Morphology and life history of Herpetomonas culicis, Novy, MacNeal and Torrey - Number 57
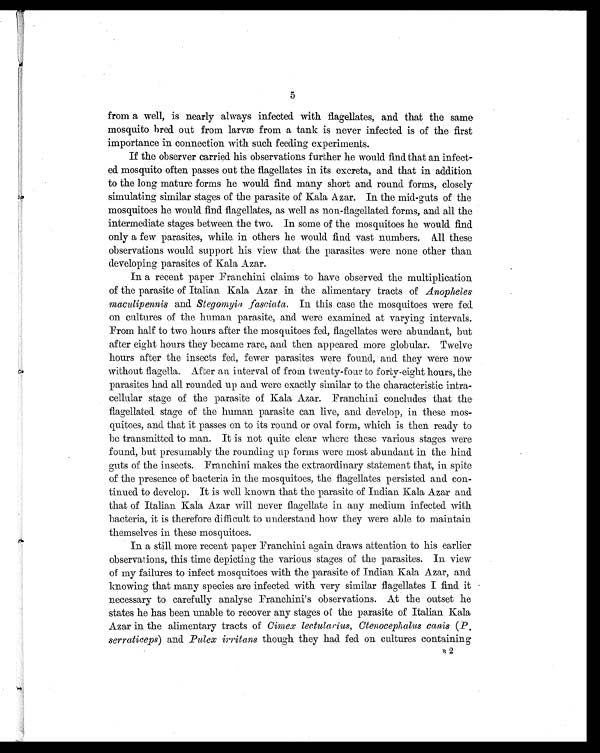
5
from a well, is nearly always infected with flagellates, and that the same
mosquito bred out from larvæ from a tank is never infected is of the first
importance in connection with such feeding experiments.
If the observer carried his observations further he would. find. that an infect-
ed. mosquito often passes out the flagellates in its excreta, and that in addition
to the long mature forms he would find. many short and. round forms, closely
simulating similar stages of the parasite of Kala Azar. In the mid-guts of the
mosquitoes he would. find. flagellates, as well as non-flagellated forms, and all the
intermediate stages between the two. In some of the mosquitoes he would. find
only a few parasites, while. in others he would find vast numbers. All these
observations would support his view that the parasites were none other than
developing parasites of Kala Azar.
In a recent paper Franchini claims to have observed the multiplication
of the parasite of Italian Kala Azar in the alimentary tracts of Anopheles
maculipennis and. Stegomyia fasciata. In this case the mosquitoes were fed.
on cultures of the human parasite, and were examined at varying intervals.
From half to two hours after the mosquitoes fed, flagellates were abundant, but
after eight hours they became rare, and then appeared more globular. Twelve
hours after the insects fed, fewer parasites were found, and they were now
without flagella. After an interval of from twenty-four to forty-eight hours, the-
parasites had all rounded up and were exactly similar to the characteristic intra-
cellular stage of the parasite of Kala Azar. Franchini concludes that the
flagellated stage of the human parasite can live, and develop, in these mos-
quitoes, and that it passes on to its round or oval form, which is then ready to
be transmitted to man. It is not quite clear where these various stages were
found, but presumably the rounding up forms were most abundant in the hind
guts of the insects. Franchini makes the extraordinary statement that, in spite
of the presence of bacteria in the mosquitoes, the flagellates persisted and con-
tinued to develop. It is well known that the parasite of Indian Kala Azar and
that of Italian Kala Azar will never flagellate in any medium infected with
bacteria, it is therefore difficult to understand how they were able to maintain
themselves in these mosquitoes.
In a still more recent paper Franchini again draws attention to his earlier.
observations, this time depicting the various stages of the parasites. In view
of my failures to infect mosquitoes with the parasite of Indian Kala Azar, and
knowing that many species are infected with very similar flagellates I find it
necessary to carefully analyse Franchini's observations. At the outset he
states he has been unable to recover any stages of the parasite of Italian Kala
Azar in the alimentary tracts of Cimex lectularius, Ctenocephalus canis (P.
serraticeps) and Pulex irritans though they had fed on cultures containing